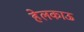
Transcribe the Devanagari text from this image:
हेलकाऊ